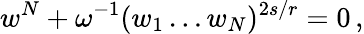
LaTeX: w^{N}+\omega^{-1}(w_{1}\ldots w_{N})^{2s/r}=0\, ,